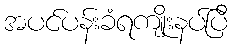
အပင်ပန်းခံရကျိုးနပ်ပြီ